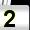
Digit: 2